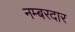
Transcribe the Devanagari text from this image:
नम्बरदार